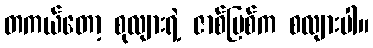
တကယ်တော့ စုလျားရဲ့ ဇာစ်မြစ်က စလျားပါ။